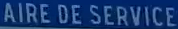
AIRE DE SERVICE